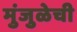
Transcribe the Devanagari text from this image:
मुंजुळेची